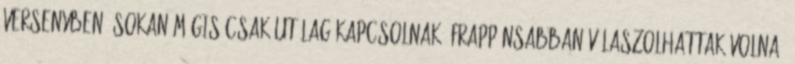
versenyben. Sokan mégis csak utólag kapcsolnak: frappánsabban válaszolhattak volna,